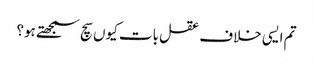
تم ایسی خلاف عقل بات کیوں سچ سمجھتے ہو؟